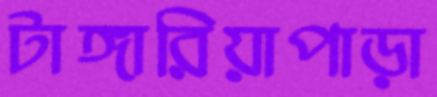
টাঙ্গারিয়াপাড়া